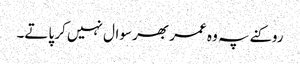
روکنے پہ وہ عمر بھر سوال نہیں کر پاتے۔